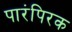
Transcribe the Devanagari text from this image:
पारंपिरक